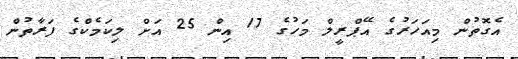
އެގޮތުން މިއަހަރުގެ އޭޕްރީލް މަހުގެ 17 އިން 25 އަށް ލިކަމެކްގެ ފަރާތުން